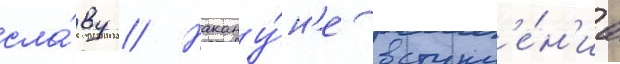
сла́ву // Накану́н'е вступл'е́н'иа